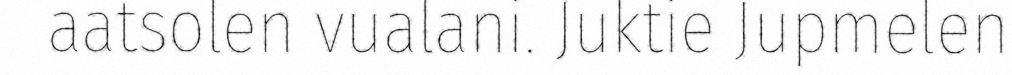
aatsolen vualani. Juktie Jupmelen